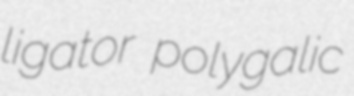
ligator polygalic